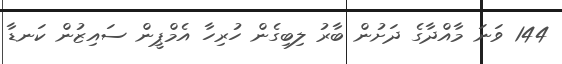
144 ވަނަ މާއްދާގެ ދަށުން ބާރު ލިބިގެން ހުރިހާ އެމްޕީން ސައިޒުން ކަނޑާ